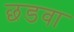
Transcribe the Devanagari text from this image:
छडवा